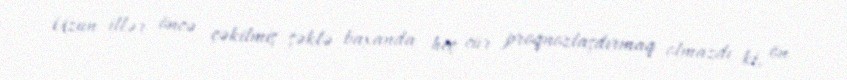
Uzun illər öncə çəkilmiş şəklə baxanda heç cür proqnozlaşdırmaq olmazdı ki, ön